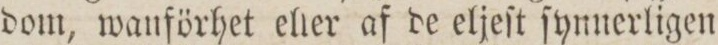
dom, wanförhet elier af de eljeſt ſynnerligen